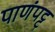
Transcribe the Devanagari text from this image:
पाणंपट्ट